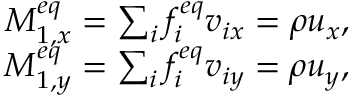
\begin{array} { r } { M _ { 1 , x } ^ { e q } = \sum _ { i } { f _ { i } ^ { e q } { v _ { i x } } } = \rho { u _ { x } } , } \\ { M _ { 1 , y } ^ { e q } = \sum _ { i } { f _ { i } ^ { e q } { v _ { i y } } } = \rho { u _ { y } } , } \end{array}